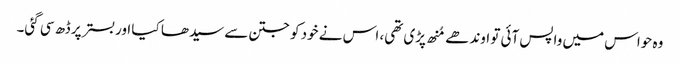
وہ حواس میں واپس آئی تو اوندھے مُنھ پڑی تھی، اس نے خود کو جتن سے سیدھا کیا اوربستر پر ڈھ سی گئی۔